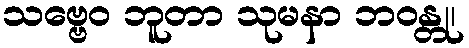
သဗ္ဗေဝ ဘူတာ သုမနာ ဘဝန္တု၊